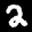
Label: 2